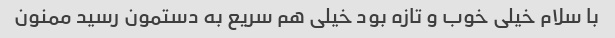
با سلام خیلی خوب و تازه بود خیلی هم سریع به دستمون رسید ممنون